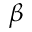
\beta